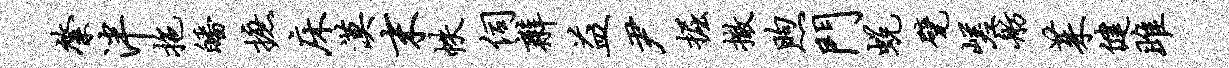
綮泮拖皤摭床漠末帙伺辫益尹掘撤煦门蜕甓嵯舫茱健雎